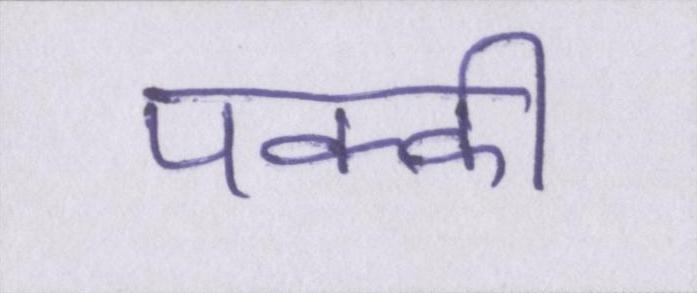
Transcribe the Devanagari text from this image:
पक्की